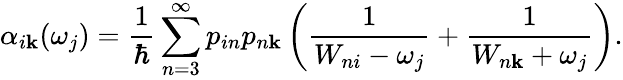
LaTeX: \alpha_{i\mathbf{k}}(\omega_{j})=\frac{{1}}{{\hbar}}\sum_{n=3}^{\infty}p_{in}p_{n\mathbf{k}}\left(\frac{{1}}{{W_{ni}-\omega_{j}}}+\frac{{1}}{{W_{n\mathbf{k}}+\omega_{j}}}\right).